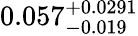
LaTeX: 0.057_{-0.019}^{+0.0291}